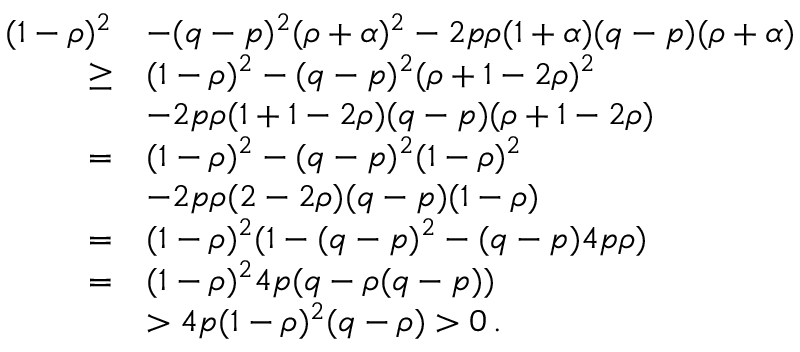
\begin{array} { r l } { ( 1 - \rho ) ^ { 2 } } & { - ( q - p ) ^ { 2 } ( \rho + \alpha ) ^ { 2 } - 2 p \rho ( 1 + \alpha ) ( q - p ) ( \rho + \alpha ) } \\ { \ge } & { ( 1 - \rho ) ^ { 2 } - ( q - p ) ^ { 2 } ( \rho + 1 - 2 \rho ) ^ { 2 } } \\ & { - 2 p \rho ( 1 + 1 - 2 \rho ) ( q - p ) ( \rho + 1 - 2 \rho ) } \\ { = } & { ( 1 - \rho ) ^ { 2 } - ( q - p ) ^ { 2 } ( 1 - \rho ) ^ { 2 } } \\ & { - 2 p \rho ( 2 - 2 \rho ) ( q - p ) ( 1 - \rho ) } \\ { = } & { ( 1 - \rho ) ^ { 2 } ( 1 - ( q - p ) ^ { 2 } - ( q - p ) 4 p \rho ) } \\ { = } & { ( 1 - \rho ) ^ { 2 } 4 p ( q - \rho ( q - p ) ) } \\ & { > 4 p ( 1 - \rho ) ^ { 2 } ( q - \rho ) > 0 \, . } \end{array}